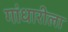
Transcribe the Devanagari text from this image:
गांधारीला